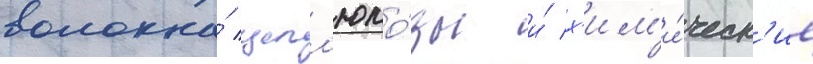
волокна́ целл'юло́зы и́ х'им'и́ческ'ие